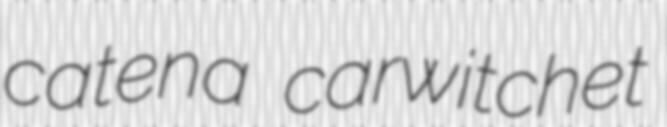
catena carwitchet